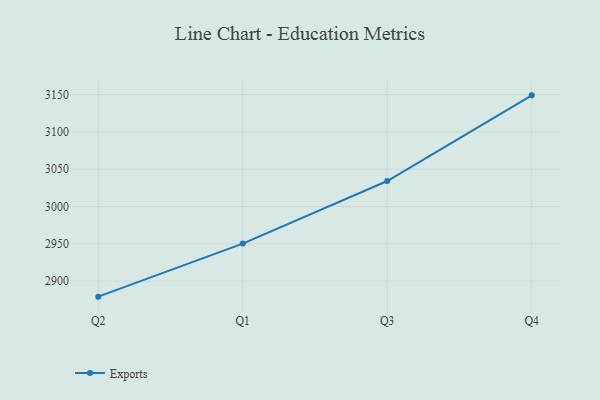
{"axis": {"x": "Quarter", "y": "Bounce Rate (%)"}, "legend": ["Exports"], "data": [{"x": "Q2", "y": 2879.2, "type": "Exports"}, {"x": "Q1", "y": 2950.3, "type": "Exports"}, {"x": "Q3", "y": 3034.1, "type": "Exports"}, {"x": "Q4", "y": 3148.9, "type": "Exports"}]}